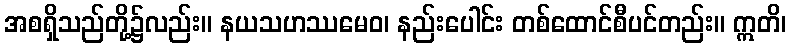
အစရှိသည်တို့၌လည်း။ နယသဟဿမေဝ၊ နည်းပေါင်း တစ်ထောင်စီပင်တည်း။ ဣတိ၊